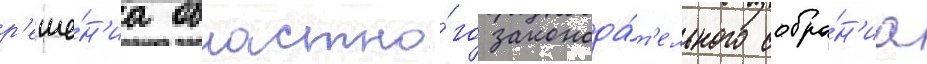
р'еше́н'иа областно́го законода́т'ельного собра́н'иа